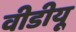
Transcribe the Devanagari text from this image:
वीडीयू